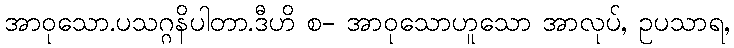
အာဝုသော.ပသဂ္ဂနိပါတာ.ဒီဟိ စ- အာဝုသောဟူသော အာလုပ်, ဥပသာရ,